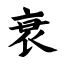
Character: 衰